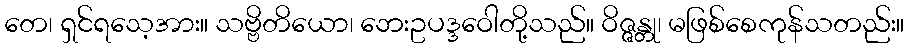
တေ၊ ရှင်ရသေ့အား။ သဗ္ဗိတိယော၊ ဘေးဥပဒ္ဒဝေါတို့သည်။ ဝိဇ္ဇန္တု၊ မဖြစ်စေကုန်သတည်း။